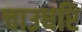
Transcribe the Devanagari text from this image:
चाउधरि